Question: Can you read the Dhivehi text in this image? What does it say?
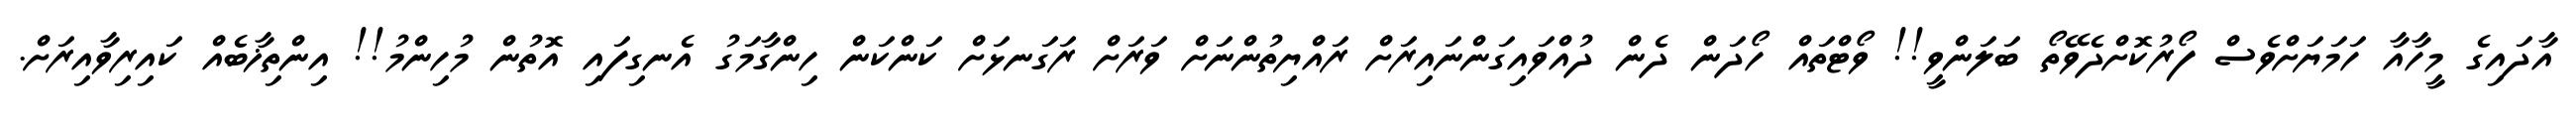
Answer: އާދައިގެ މީހާއާ ހަމަޔަށްވެސް ފޯރުކޮށްދެވޭތޯ ބަލަންވީ!! ވޯޓްތައް ހޯދަން ދެން ދުއްވައިގަންނައިރަށް ރައްޔިތުންނަށް ވަރަށް ރަގަނޅަށް ކަންކަން ހިންގާމަގު އެނގިފައި އޮތުން މުހިންމު!! އިންތިޚާބެއް ކައިރިވާއިރަށް.